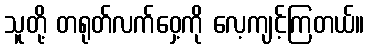
သူတို့ တရုတ်လက်ဝှေ့ကို လေ့ကျင့်ကြတယ်။